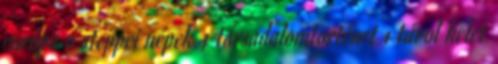
európa 9 steppei népek 4 társadalomtörténet 1 távol kelet